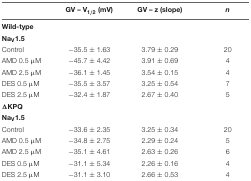
<table><thead><tr><td></td><td><b>GV – V<sub>1/2</sub> (mV)</b></td><td><b>GV – z (slope)</b></td><td><b><i>n</i></b></td></tr></thead><tbody><tr><td><b>Wild-type</b></td><td></td><td></td><td></td></tr><tr><td><b>Na<sub>V</sub>1.5</b></td><td></td><td></td><td></td></tr><tr><td>Control</td><td>-35.5 ± 1.63</td><td>3.79 ± 0.29</td><td>20</td></tr><tr><td>AMD 0.5 μM</td><td>-45.7 ± 4.42</td><td>3.91 ± 0.69</td><td>4</td></tr><tr><td>AMD 2.5 μM</td><td>-36.1 ± 1.45</td><td>3.54 ± 0.15</td><td>4</td></tr><tr><td>DES 0.5 μM</td><td>-35.5 ± 3.57</td><td>3.25 ± 0.54</td><td>7</td></tr><tr><td>DES 2.5 μM</td><td>-32.4 ± 1.87</td><td>2.67 ± 0.40</td><td>5</td></tr><tr><td><b>ΔKPQ</b></td><td></td><td></td><td></td></tr><tr><td><b>Na<sub>V</sub>1.5</b></td><td></td><td></td><td></td></tr><tr><td>Control</td><td>-33.6 ± 2.35</td><td>3.25 ± 0.34</td><td>20</td></tr><tr><td>AMD 0.5 μM</td><td>-34.8 ± 2.75</td><td>2.29 ± 0.24</td><td>5</td></tr><tr><td>AMD 2.5 μM</td><td>-35.1 ± 4.61</td><td>2.63 ± 0.26</td><td>6</td></tr><tr><td>DES 0.5 μM</td><td>-31.1 ± 5.34</td><td>2.26 ± 0.16</td><td>4</td></tr><tr><td>DES 2.5 μM</td><td>-31.1 ± 3.10</td><td>2.66 ± 0.53</td><td>4</td></tr></tbody></table>